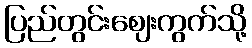
ပြည်တွင်းဈေးကွက်သို့